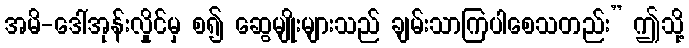
အမိ-ဒေါ်အုန်းလှိုင်မှ စ၍ ဆွေမျိုးများသည် ချမ်းသာကြပါစေသတည်း” ဤသို့